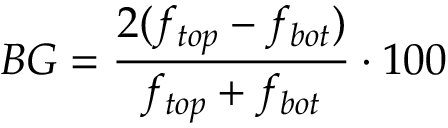
B G = \frac { 2 ( f _ { t o p } - f _ { b o t } ) } { f _ { t o p } + f _ { b o t } } \cdot 1 0 0